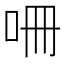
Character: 𭇒